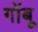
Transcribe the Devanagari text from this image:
गोंबू